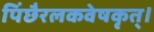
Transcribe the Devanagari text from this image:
पिंछैरलकवेषकृत्‌।